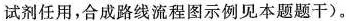
试剂任用，合成路线流程图示例见本题题干)。